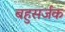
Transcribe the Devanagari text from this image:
बहुसर्जक